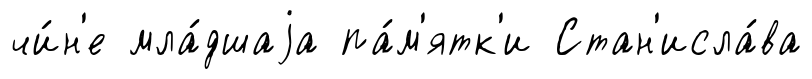
чи́н'е мла́дшаjа па́м'ятк'и Стан'исла́ва